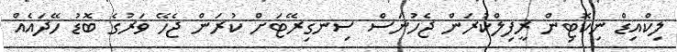
ލިކްއިޑް ނިކޮޓިން ރީފިލްކުރަން ޖެހުނަސް ސިނގިރޭޓަށް ކުރަން ޖެހޭ ވަރުގެ ބޮޑު ހޭދައެއް